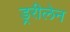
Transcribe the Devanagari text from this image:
ड्ररीलेन